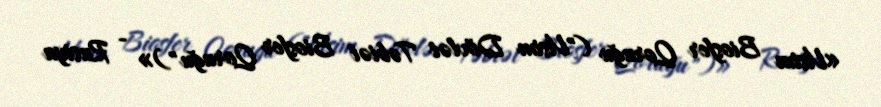
«Visim Biosfer Qoruğu ("Visim Dövlət Təbiət Biosfer Qoruğu")» - Rusiya